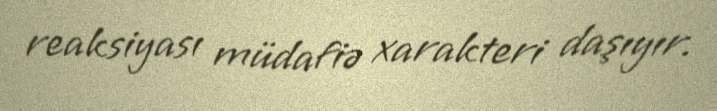
reaksiyası müdafiə xarakteri daşıyır.